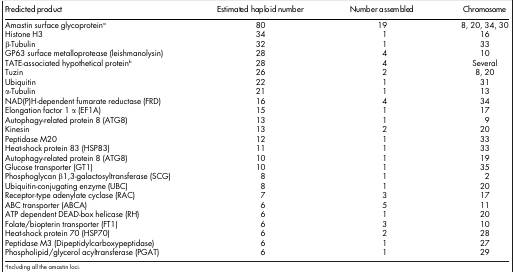
<table><thead><tr><td><b>Predicted product</b></td><td><b>Estimated haploid number</b></td><td><b>Number assembled</b></td><td><b>Chromosome</b></td></tr></thead><tbody><tr><td>Amastin surface glycoproteina</td><td>80</td><td>19</td><td>8, 20, 34, 30</td></tr><tr><td>Histone H3</td><td>34</td><td>1</td><td>16</td></tr><tr><td>β-Tubulin</td><td>32</td><td>1</td><td>33</td></tr><tr><td>GP63 surface metalloprotease (leishmanolysin)</td><td>28</td><td>4</td><td>10</td></tr><tr><td>TATE-associated hypothetical proteinb</td><td>28</td><td>4</td><td>Several</td></tr><tr><td>Tuzin</td><td>26</td><td>2</td><td>8, 20</td></tr><tr><td>Ubiquitin</td><td>22</td><td>1</td><td>31</td></tr><tr><td>α-Tubulin</td><td>21</td><td>1</td><td>13</td></tr><tr><td>NAD(P)H-dependent fumarate reductase (FRD)</td><td>16</td><td>4</td><td>34</td></tr><tr><td>Elongation factor 1 α (EF1A)</td><td>15</td><td>1</td><td>17</td></tr><tr><td>Autophagy-related protein 8 (ATG8)</td><td>13</td><td>1</td><td>9</td></tr><tr><td>Kinesin</td><td>13</td><td>2</td><td>20</td></tr><tr><td>Peptidase M20</td><td>12</td><td>1</td><td>33</td></tr><tr><td>Heat-shock protein 83 (HSP83)</td><td>11</td><td>1</td><td>33</td></tr><tr><td>Autophagy-related protein 8 (ATG8)</td><td>10</td><td>1</td><td>19</td></tr><tr><td>Glucose transporter (GT1)</td><td>10</td><td>1</td><td>35</td></tr><tr><td>Phosphoglycan β1,3-galactosyltransferase (SCG)</td><td>8</td><td>1</td><td>2</td></tr><tr><td>Ubiquitin-conjugating enzyme (UBC)</td><td>8</td><td>1</td><td>20</td></tr><tr><td>Receptor-type adenylate cyclase (RAC)</td><td>7</td><td>3</td><td>17</td></tr><tr><td>ABC transporter (ABCA)</td><td>6</td><td>5</td><td>11</td></tr><tr><td>ATP dependent DEAD-box helicase (RH)</td><td>6</td><td>1</td><td>20</td></tr><tr><td>Folate/biopterin transporter (FT1)</td><td>6</td><td>3</td><td>10</td></tr><tr><td>Heat-shock protein 70 (HSP70)</td><td>6</td><td>2</td><td>28</td></tr><tr><td>Peptidase M3 (Dipeptidylcarboxypeptidase)</td><td>6</td><td>1</td><td>27</td></tr><tr><td>Phospholipid/glycerol acyltransferase (PGAT)</td><td>6</td><td>1</td><td>29</td></tr></tbody></table>